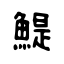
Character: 鯷